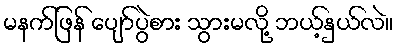
မနက်ဖြန် ပျော်ပွဲစား သွားမလို့ ဘယ့်နှယ်လဲ။